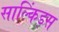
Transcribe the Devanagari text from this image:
साल्किंड्स